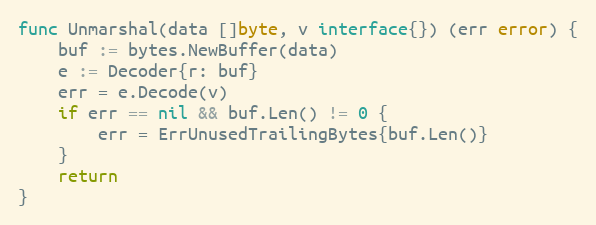
Language: Go
func Unmarshal(data []byte, v interface{}) (err error) {
	buf := bytes.NewBuffer(data)
	e := Decoder{r: buf}
	err = e.Decode(v)
	if err == nil && buf.Len() != 0 {
		err = ErrUnusedTrailingBytes{buf.Len()}
	}
	return
}